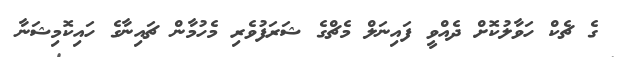
ގެ ޗެކް ހަވާލުކޮށް ދެއްވީ ފައިނަލް މެޗްގެ ޝަރަފުވެރި މެހުމާން ޗައިނާގެ ހައިކޮމިޝަނާ